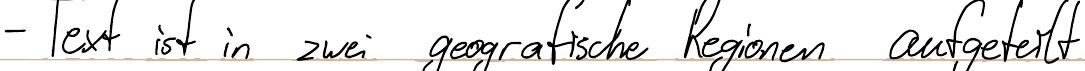
- Text ist in zwei geografische Regionen aufgeteilt